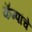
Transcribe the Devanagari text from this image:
कॅम्पांचे